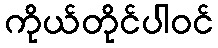
ကိုယ်တိုင်ပါဝင်